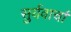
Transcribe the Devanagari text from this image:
सुर्यवार्चा